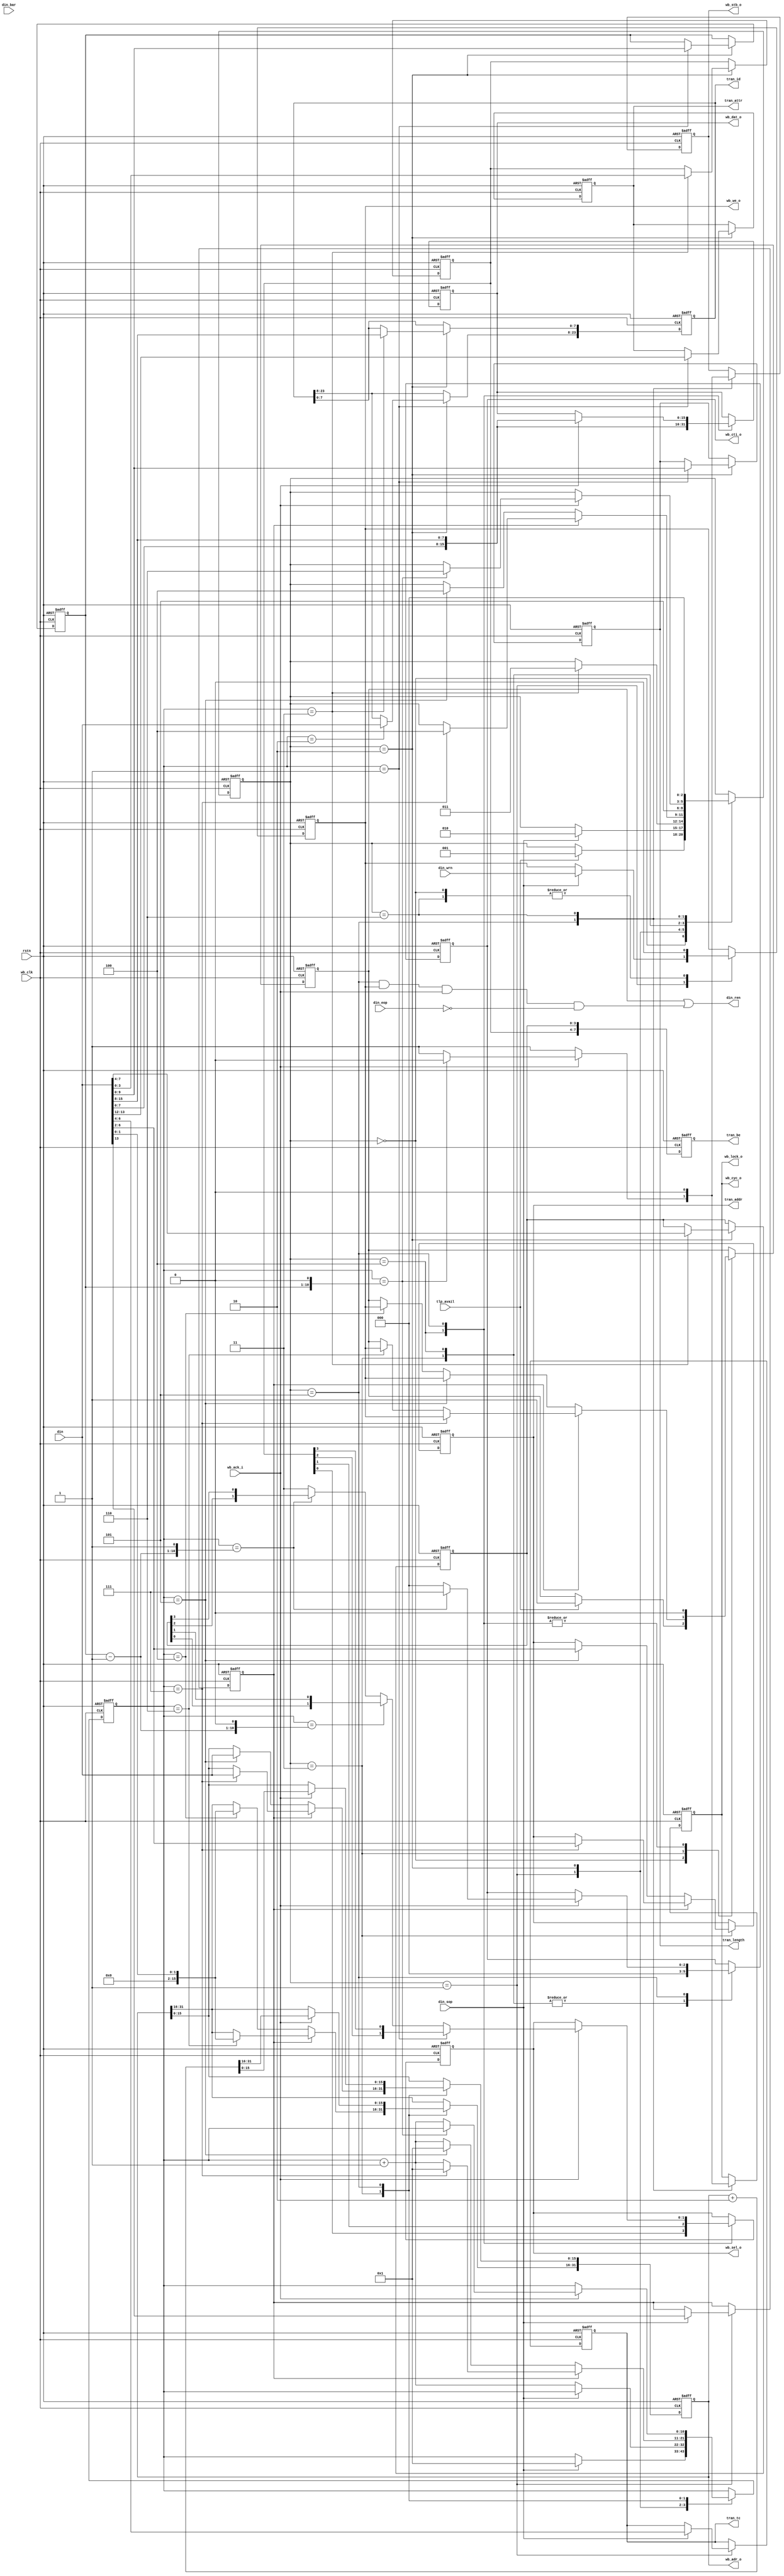
// $Id: wb_intf.v,v 1.1.1.1 2008/07/01 17:34:23 jfreed Exp $

`timescale 1ns / 100ps
module wb_intf(rstn, wb_clk, 
              din, din_bar, din_sop, din_eop, din_wrn, 
              din_ren, tlp_avail,
              tran_id, tran_length, tran_be, tran_addr, tran_tc, tran_attr,            
              wb_adr_o, wb_dat_o, wb_we_o, wb_sel_o, wb_stb_o, wb_cyc_o, wb_lock_o, wb_cti_o,
              wb_ack_i              
);              
  
input         rstn;
input         wb_clk;
input  [15:0] din;
input  [6:0]  din_bar;
input         din_sop;
input         din_eop;
input         din_wrn;
output        din_ren;
input         tlp_avail;
output [23:0] tran_id;
output [9:0]  tran_length;
output [7:0]  tran_be;
output [4:0]  tran_addr;
output [2:0]  tran_tc;
output [1:0]  tran_attr;
output [15:0] wb_dat_o;
output [31:0] wb_adr_o;
output [2:0]  wb_cti_o;
output        wb_we_o;
output [1:0]  wb_sel_o;
output        wb_stb_o;
output        wb_cyc_o;
output        wb_lock_o;
input         wb_ack_i;

reg din_ren_inner;
reg [23:0] tran_id;
reg write;
reg [9:0] length, tran_length;
reg [31:0] wb_adr_o;
reg [2:0] wb_cti_o;
reg [4:0] tran_addr;
reg [2:0] tran_tc;
reg [1:0] tran_attr;
reg wb_cyc_o;
reg wb_stb_o;
reg [7:0] tran_be;


reg [3:0] first_be, last_be;


reg [2:0] sm;
reg [10:0] word_cnt;
reg long_head;
reg [1:0]  wb_sel_o;
reg [15:0] wb_dat_o;
parameter IDLE   = 3'd0,
          READ   = 3'd1,    
          HEADER = 3'd2,
          ADR    = 3'd3,
          DAT_1  = 3'd4,
          DAT    = 3'd5,
          CLEAR  = 3'd6;


wire [9:0] length_minus1 = length - 1;
assign din_ren = din_ren_inner || ((sm == DAT) && write && wb_ack_i && (~ din_eop));

always @(negedge rstn or posedge wb_clk)
begin
  if (~rstn)
  begin
    din_ren_inner <= 1'b0;
    sm <= IDLE;
    length <= 10'd0;
    tran_length <= 10'd0;
    tran_addr <= 5'd0;
    tran_tc <= 3'd0;
    tran_attr <= 2'b00;
    wb_adr_o <= 32'd0;    
    wb_stb_o <= 0;
    wb_cti_o <= 0;
    tran_id <= 24'd0;                 
    write <= 1'b0;
    wb_cyc_o <= 1'b0;        
        
    first_be <= 4'd0;
    last_be <= 4'd0;
    tran_be <= 8'd0;
    word_cnt <= 0;
    long_head <= 0;
    wb_sel_o <= 0;
    wb_dat_o <= 0;
  end
  else
  begin    
    tran_be <= {first_be, last_be}; 
      
    
    case (sm)
     IDLE:
     begin
       write <= 1'b0;
       if (tlp_avail)
       begin
         din_ren_inner <= 1'b1;            
         sm <= READ;
       end
     end
     READ: begin  //decode byte 0 and byte 1
        if (din_sop) begin
           tran_tc <= din[6:4];
           sm <= HEADER;
           write <= din_wrn;
           long_head <= din[13];
           word_cnt <= 1;
        end
     end
     HEADER:     //decode common request header
     begin
       if (~ din_sop)
          word_cnt <= word_cnt + 1;
          
       if (word_cnt == 3)
          sm <= ADR;
            
         
       if (word_cnt == 1) begin
         tran_attr <= din[13:12];
         length <= din[9:0];                  
         tran_length <= din[9:0];         
       end
       
       if (word_cnt == 2)
         tran_id[23:8] <= din;
         
       if (word_cnt == 3) begin
         tran_id[7:0]  <= din[15:8];
         first_be <= din[3:0];   
         last_be <= din[7:4];
       end          
     end      
     ADR: // address field of TLP
     begin     
       // Adjust WB addr for BAR
       word_cnt <= word_cnt + 1;
       wb_cti_o <= 3'b000;
       if (long_head) begin //4DW header
          if (word_cnt == 6) begin 
             wb_adr_o[31:16] <= {14'd0, din[1:0]};
             din_ren_inner <= write;
          end
             
          if (word_cnt == 7) begin 
             wb_adr_o[15:0]  <= din;
             tran_addr <= din[6:2];
             sm <= DAT_1;
             word_cnt <= 1;
             din_ren_inner <= write;
          end   
       end
       else begin //3DW header
          if (word_cnt == 4) begin
             wb_adr_o[31:16] <= {14'd0, din[1:0]};
             din_ren_inner <= write;
          end
             
          if (word_cnt == 5) begin
             wb_adr_o[15:0]  <= din;
             tran_addr <= din[6:2];
             sm <= DAT_1;       
             word_cnt <= 1;
             din_ren_inner <= write;
          end   
       end
     end
     DAT_1: begin
        din_ren_inner <= 1'b0;
        wb_sel_o <= {first_be[0], first_be[1]};//first_be[1:0];
        wb_cti_o <= 3'b000;
        wb_dat_o <= {din[7:0], din[15:8]};
        sm <= DAT;
     end
     DAT: // start length counter
     begin      
       wb_cyc_o <= 1'b1;
       wb_stb_o <= 1'b1;              
       din_ren_inner <= 1'b0;
       if (wb_ack_i) begin
          wb_adr_o <= wb_adr_o + 2;
          wb_dat_o <= {din[7:0], din[15:8]};
          
          if (word_cnt == {length, 1'b0}) begin
             sm <= CLEAR;
             wb_cyc_o <= 1'b0;
             wb_stb_o <= 1'b0;
          end
          else begin
             word_cnt <= word_cnt + 1;
          end
          
          if (word_cnt == 1) //second
             wb_sel_o <= {first_be[2], first_be[3]};//first_be[3:2];
          else if (word_cnt == {length_minus1, 1'b0})
             wb_sel_o <= {last_be[0], last_be[1]};//last_be[1:0];
          else if (word_cnt == {length_minus1, 1'b1})
             wb_sel_o <= {last_be[2], last_be[3]};//last_be[3:2];
          else
             wb_sel_o <= 2'b11;
             
          if (word_cnt == {length_minus1, 1'b1})
             wb_cti_o <= 3'b111; 
          else
             wb_cti_o <= 3'b000;              
       end
     end
     CLEAR: // wait state
     begin          
           wb_cyc_o <= 1'b0;
           wb_stb_o <= 1'b0;  
           write <= 1'b0;
           sm <= IDLE;        
     end 
    endcase
    
  
  end // clk
end 



// order byte enables for WB little endian

assign wb_we_o = write;         
assign wb_lock_o = wb_cyc_o;

endmodule